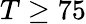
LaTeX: T\ge 75